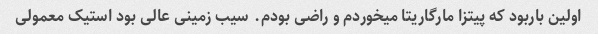
اولین بار‌بود که‌ پیتزا مارگاریتا میخوردم و راضی بودم. سیب زمینی عالی بود استیک معمولی